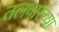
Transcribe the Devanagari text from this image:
तलवारच्या